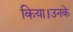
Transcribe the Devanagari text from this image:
किया।उनके